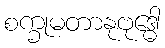
စက္ခုမတာနုဗုဒ္ဓေါ